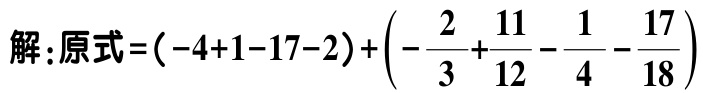
解：原式\(=(-4 + 1 - 17 - 2)+ \left(-\dfrac{2}{3}+\dfrac{11}{12}-\dfrac{1}{4}-\dfrac{17}{18}\right)\)